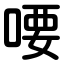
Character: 喓